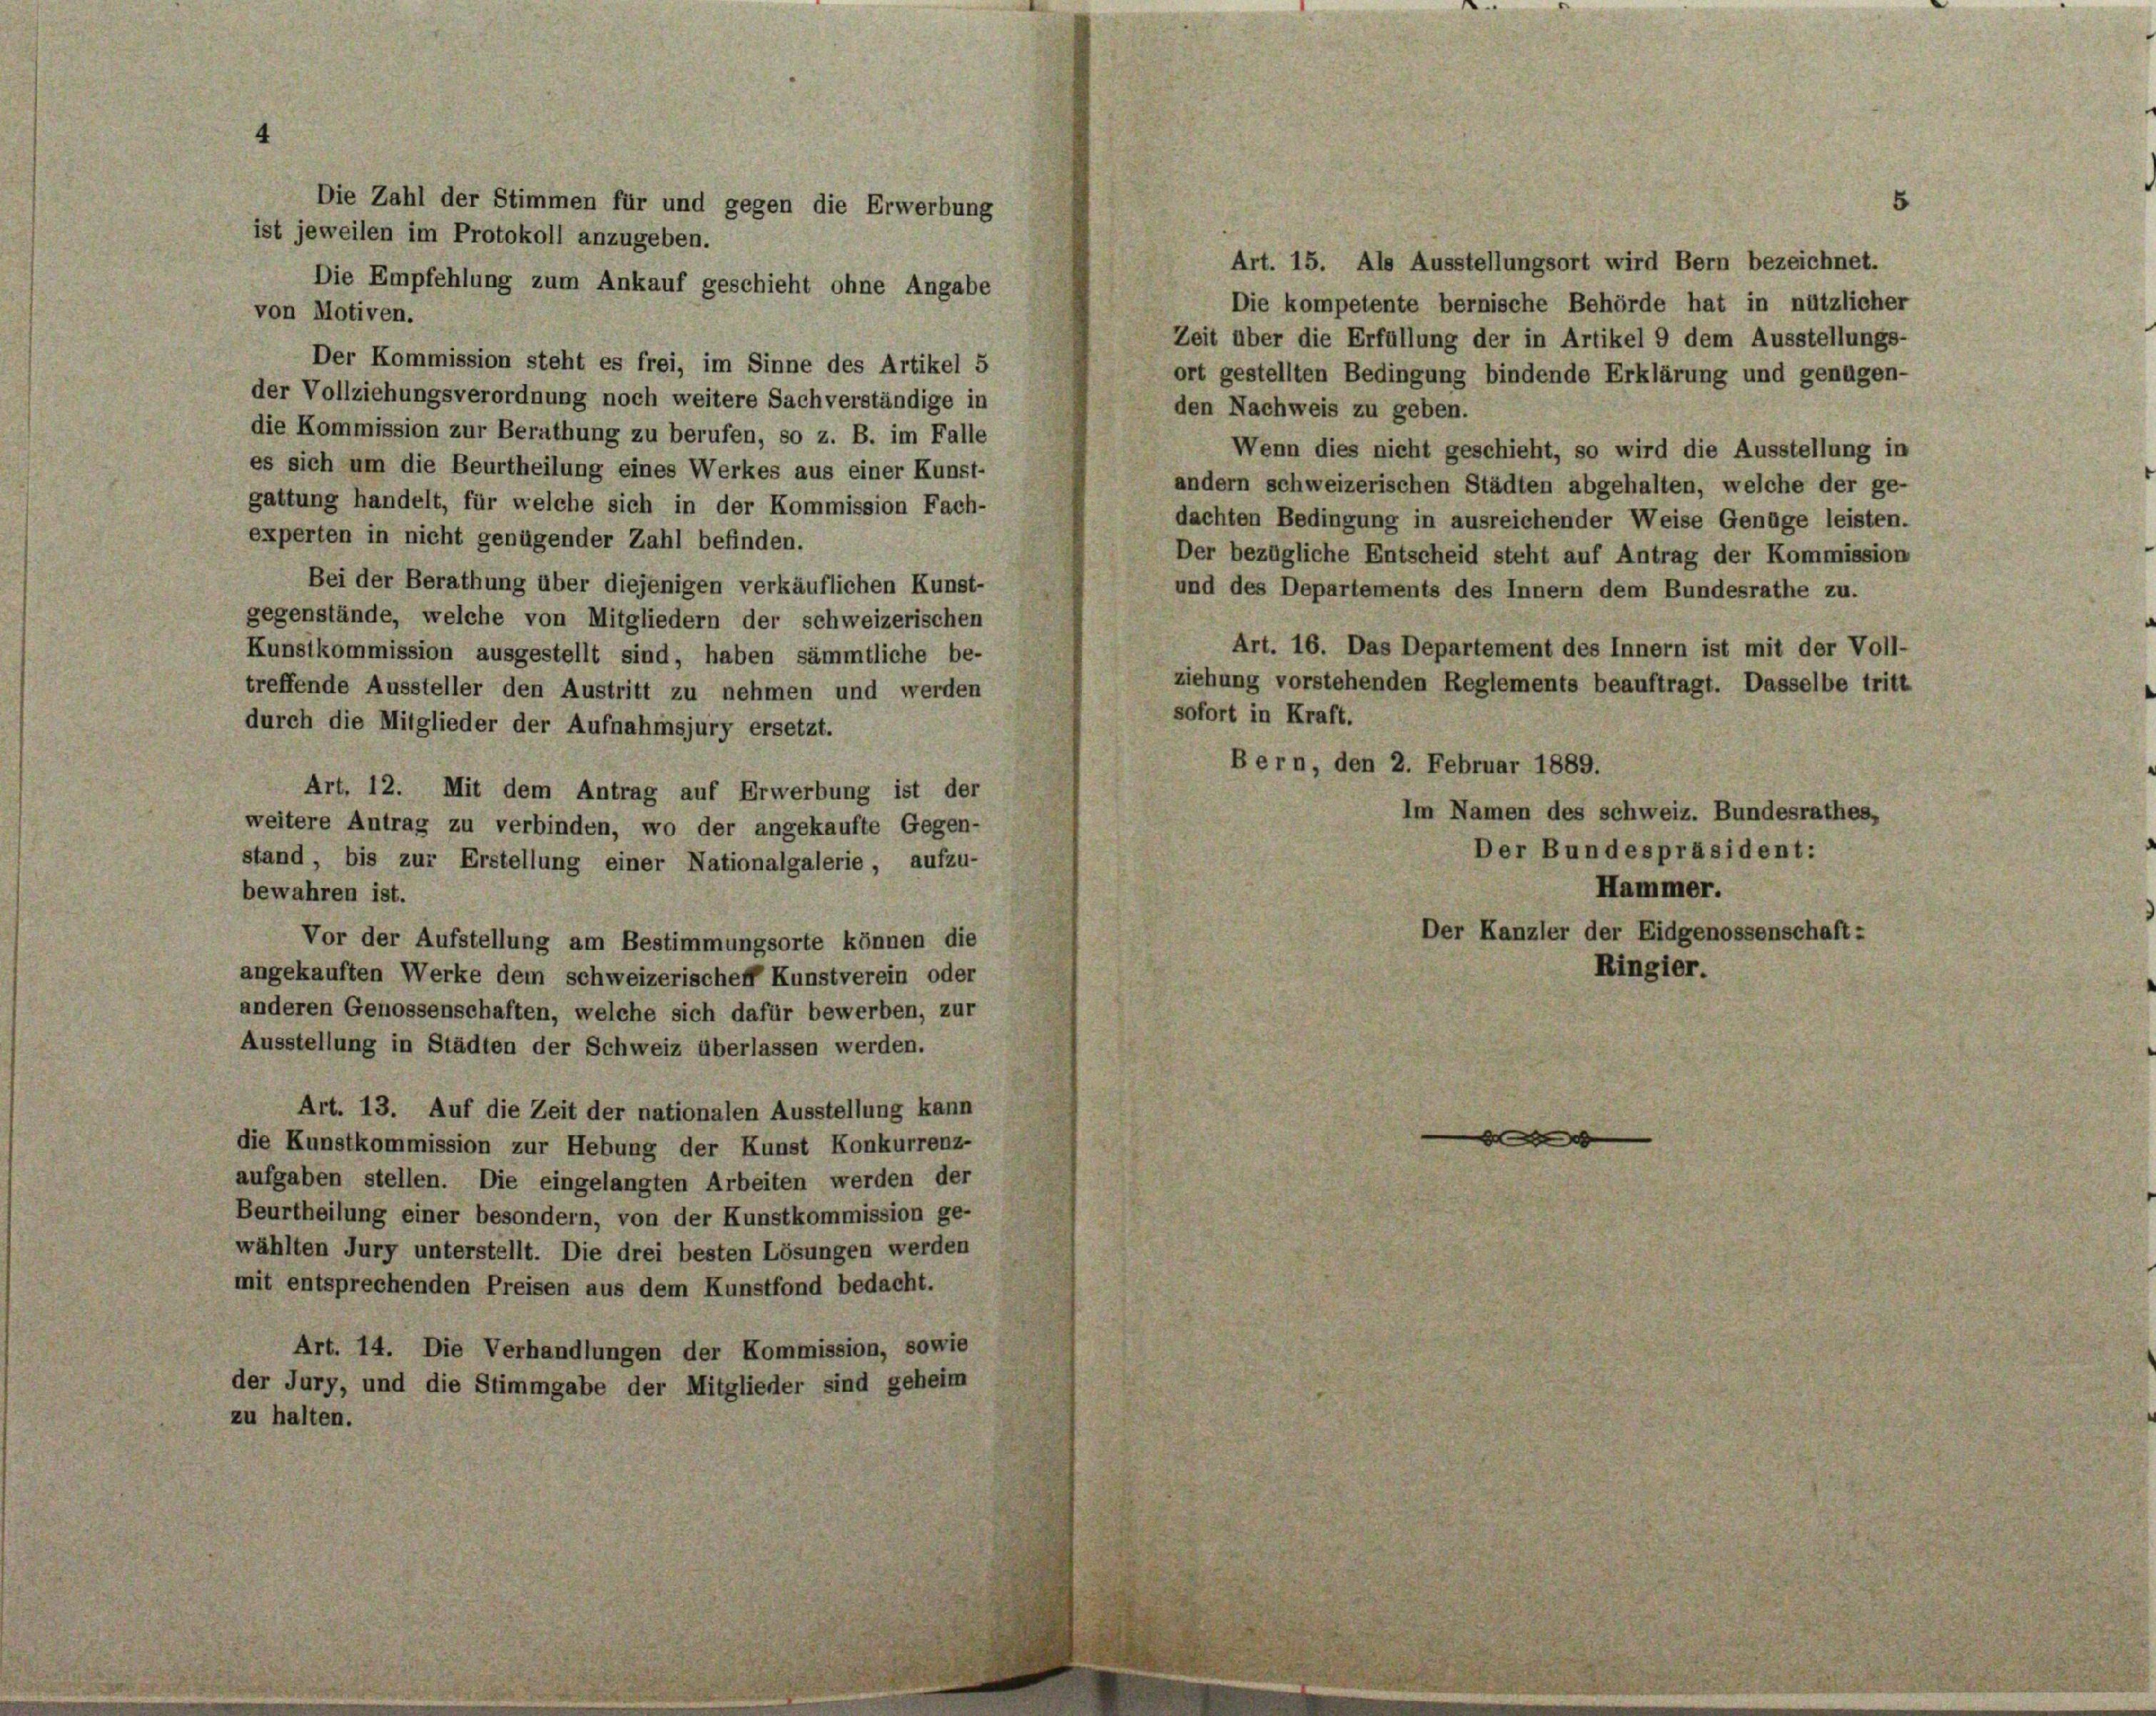
5
Die Zahl der Stimmen für und gegen die Erwerbung
ist jeweilen im Protokoll anzugeben.
Art. 15. Als Ausstellungsort wird Bern bezeichnet.
Die Empfehlung zum Ankauf geschieht ohne Angabe
Die kompetente bernische Behörde hat in nützlicher
von Motiven.
Zeit über die Erfüllung der in Artikel 9 dem Ausstellungs-
Der Kommission steht es frei, im Sinne des Artikel 5
ort gestellten Bedingung bindende Erklärung und genügen-
der Vollziehungsverordnung noch weitere Sachverständige in
den Nachweis zu geben.
die Kommission zur Berathung zu berufen, so z. B. im Falle
Wenn dies nicht geschieht, so wird die Ausstellung in
es sich um die Beurtheilung eines Werkes aus einer Kunst-
andern schweizerischen Städten abgehalten, welche der ge-
gattung handelt, für welche sich in der Kommission Fach-
dachten Bedingung in ausreichender Weise Genüge leisten.
experten in nicht genügender Zahl befinden.
Der bezügliche Entscheid steht auf Antrag der Kommission
Bei der Berathung über diejenigen verkäuflichen Kunst-
und des Departements des Innern dem Bundesrathe zu.
gegenstände, welche von Mitgliedern der schweizerischen
Art. 16. Das Departement des Innern ist mit der Voll-
Kunstkommission ausgestellt sind, haben sämmtliche be-
ziehung vorstehenden Reglements beauftragt. Dasselbe tritt
treffende Aussteller den Austritt zu nehmen und werden
sofort in Kraft.
durch die Mitglieder der Aufnahmsjury ersetzt.
Bern, den 2. Februar 1889.
Art. 12. Mit dem Antrag auf Erwerbung ist der
Im Namen des schweiz. Bundesrathes,
weitere Antrag zu verbinden, wo der angekaufte Gegen-
Der Bundespräsident:
stand, bis zur Erstellung einer Nationalgalerie, aufzu-
Hammer.
bewahren ist.
Der Kanzler der Eidgenossenschaft:
Vor der Aufstellung am Bestimmungsorte können die
Ringier.
angekauften Werke dem schweizerischeff Kunstverein oder
anderen Genossenschaften, welche sich dafür bewerben, zur
Ausstellung in Städten der Schweiz überlassen werden.
Art. 13. Auf die Zeit der nationalen Ausstellung kann
d
die Kunstkommission zur Hebung der Kunst Konkurrenz-
aufgaben stellen. Die eingelangten Arbeiten werden der
Beurtheilung einer besondern, von der Kunstkommission ge-
wählten Jury unterstellt. Die drei besten Lösungen werden
mit entsprechenden Preisen aus dem Kunstfond bedacht.
Art. 14. Die Verhandlungen der Kommission, sowie
der Jury, und die Stimmgabe der Mitglieder sind geheim
zu halten.